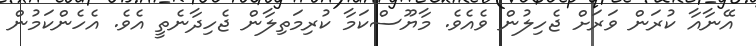
އޭނާއާ ކުރަން ވަރަށް ޖެހިލުން ވެއެވެ. މާޔޫސްކަމާ ކުރިމަތިލާން ޖެހިދާނެތީ އެވެ. އެހެންކަމުން